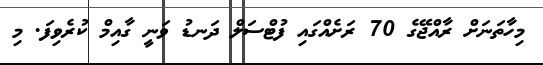
މިހާތަނަށް ރާއްޖޭގެ 70 ރަށެއްގައި ފުޓްސަލް ދަނޑު ވަނީ ގާއިމް ކުރެވިފަ. މި